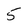
Character: 5